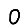
Digit: 0